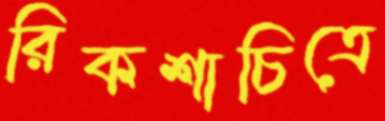
রিকশাচিত্রে